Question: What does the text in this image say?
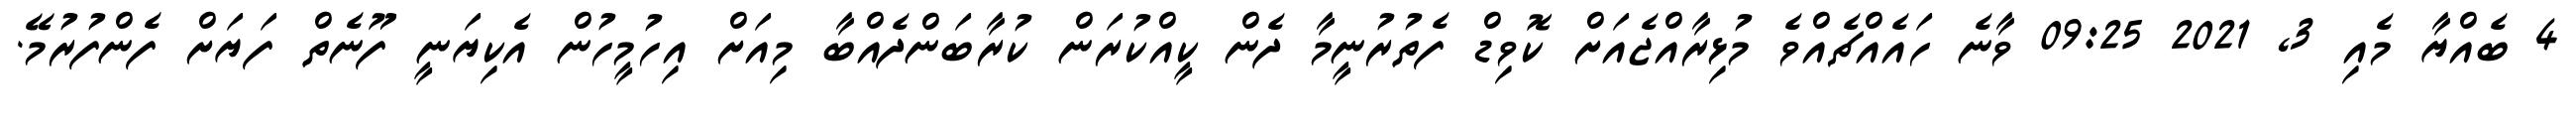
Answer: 4 ބެއްޔާ މެއި 3, 2021 09:25 ވާނެ ހައެއްޗެއްވެ މުޅިރާއްޖެއަށް ކޮވިޑް ފެތުރުނީމާ ދެން ކީއްކުރަން ކުރާބަންދެއްބާ މިއަށް އިހުމީހުން އެކިޔަނީ ފޫނެތް ފަޔަށް ފެންފުރުމޭ.